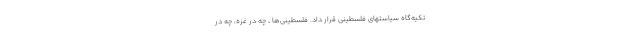
تکیه‌گاه سیاستهای فلسطینی قرار داد. فلسطینی‌ها ــ چه در غزه، چه در